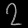
Digit: ၇